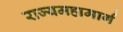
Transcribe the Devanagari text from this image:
राज्यमहामार्ग